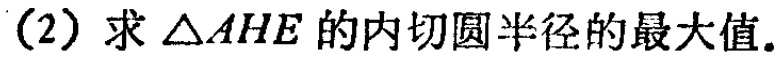
(2) 求 \(\triangle AHE\) 的内切圆半径的最大值.